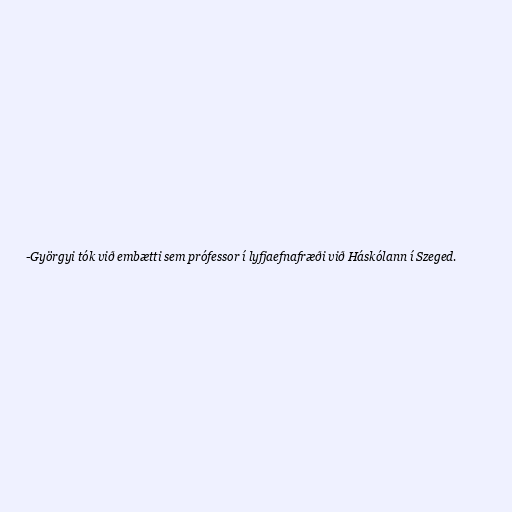
-Györgyi tók við embætti sem prófessor í lyfjaefnafræði við Háskólann í Szeged.